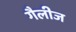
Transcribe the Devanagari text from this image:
गैलीज